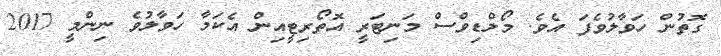
ގޮތުން ހަވާލުވެފަ އެވެ. މޯލްޑިވްސް މަނިޓަރީ އޮތޯރިޓީއިން އެކަމާ ހަވާލުވެ ނިންމީ 2017